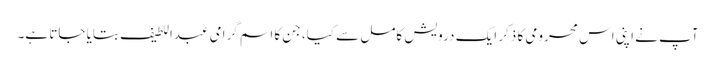
آپ نے اپنی اس محرومی کا ذکر ایک درویش کامل سے کیا، جن کا اسم گرامی عبداللطیف بتایا جاتا ہے۔